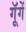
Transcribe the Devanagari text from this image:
गूॅगें